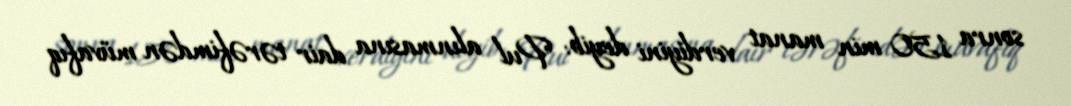
sonra 150 min manat verdiyini deyib: "Pul alınmasına dair tərəfimdən müvafıq